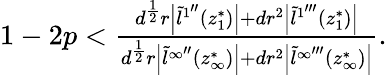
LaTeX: \begin{array}{r}{1-2p<\frac{d^{\frac{1}{2}}r\left|\tilde{l}^{1^{\prime\prime}}(z_{1}^{*})\right|+dr^{2}\left|\tilde{l}^{1^{\prime\prime\prime}}(z_{1}^{*})\right|}{d^{\frac{1}{2}}r\left|\tilde{l}^{\infty^{\prime\prime}}(z_{\infty}^{*})\right|+dr^{2}\left|\tilde{l}^{\infty^{\prime\prime\prime}}(z_{\infty}^{*})\right|}.}\end{array}